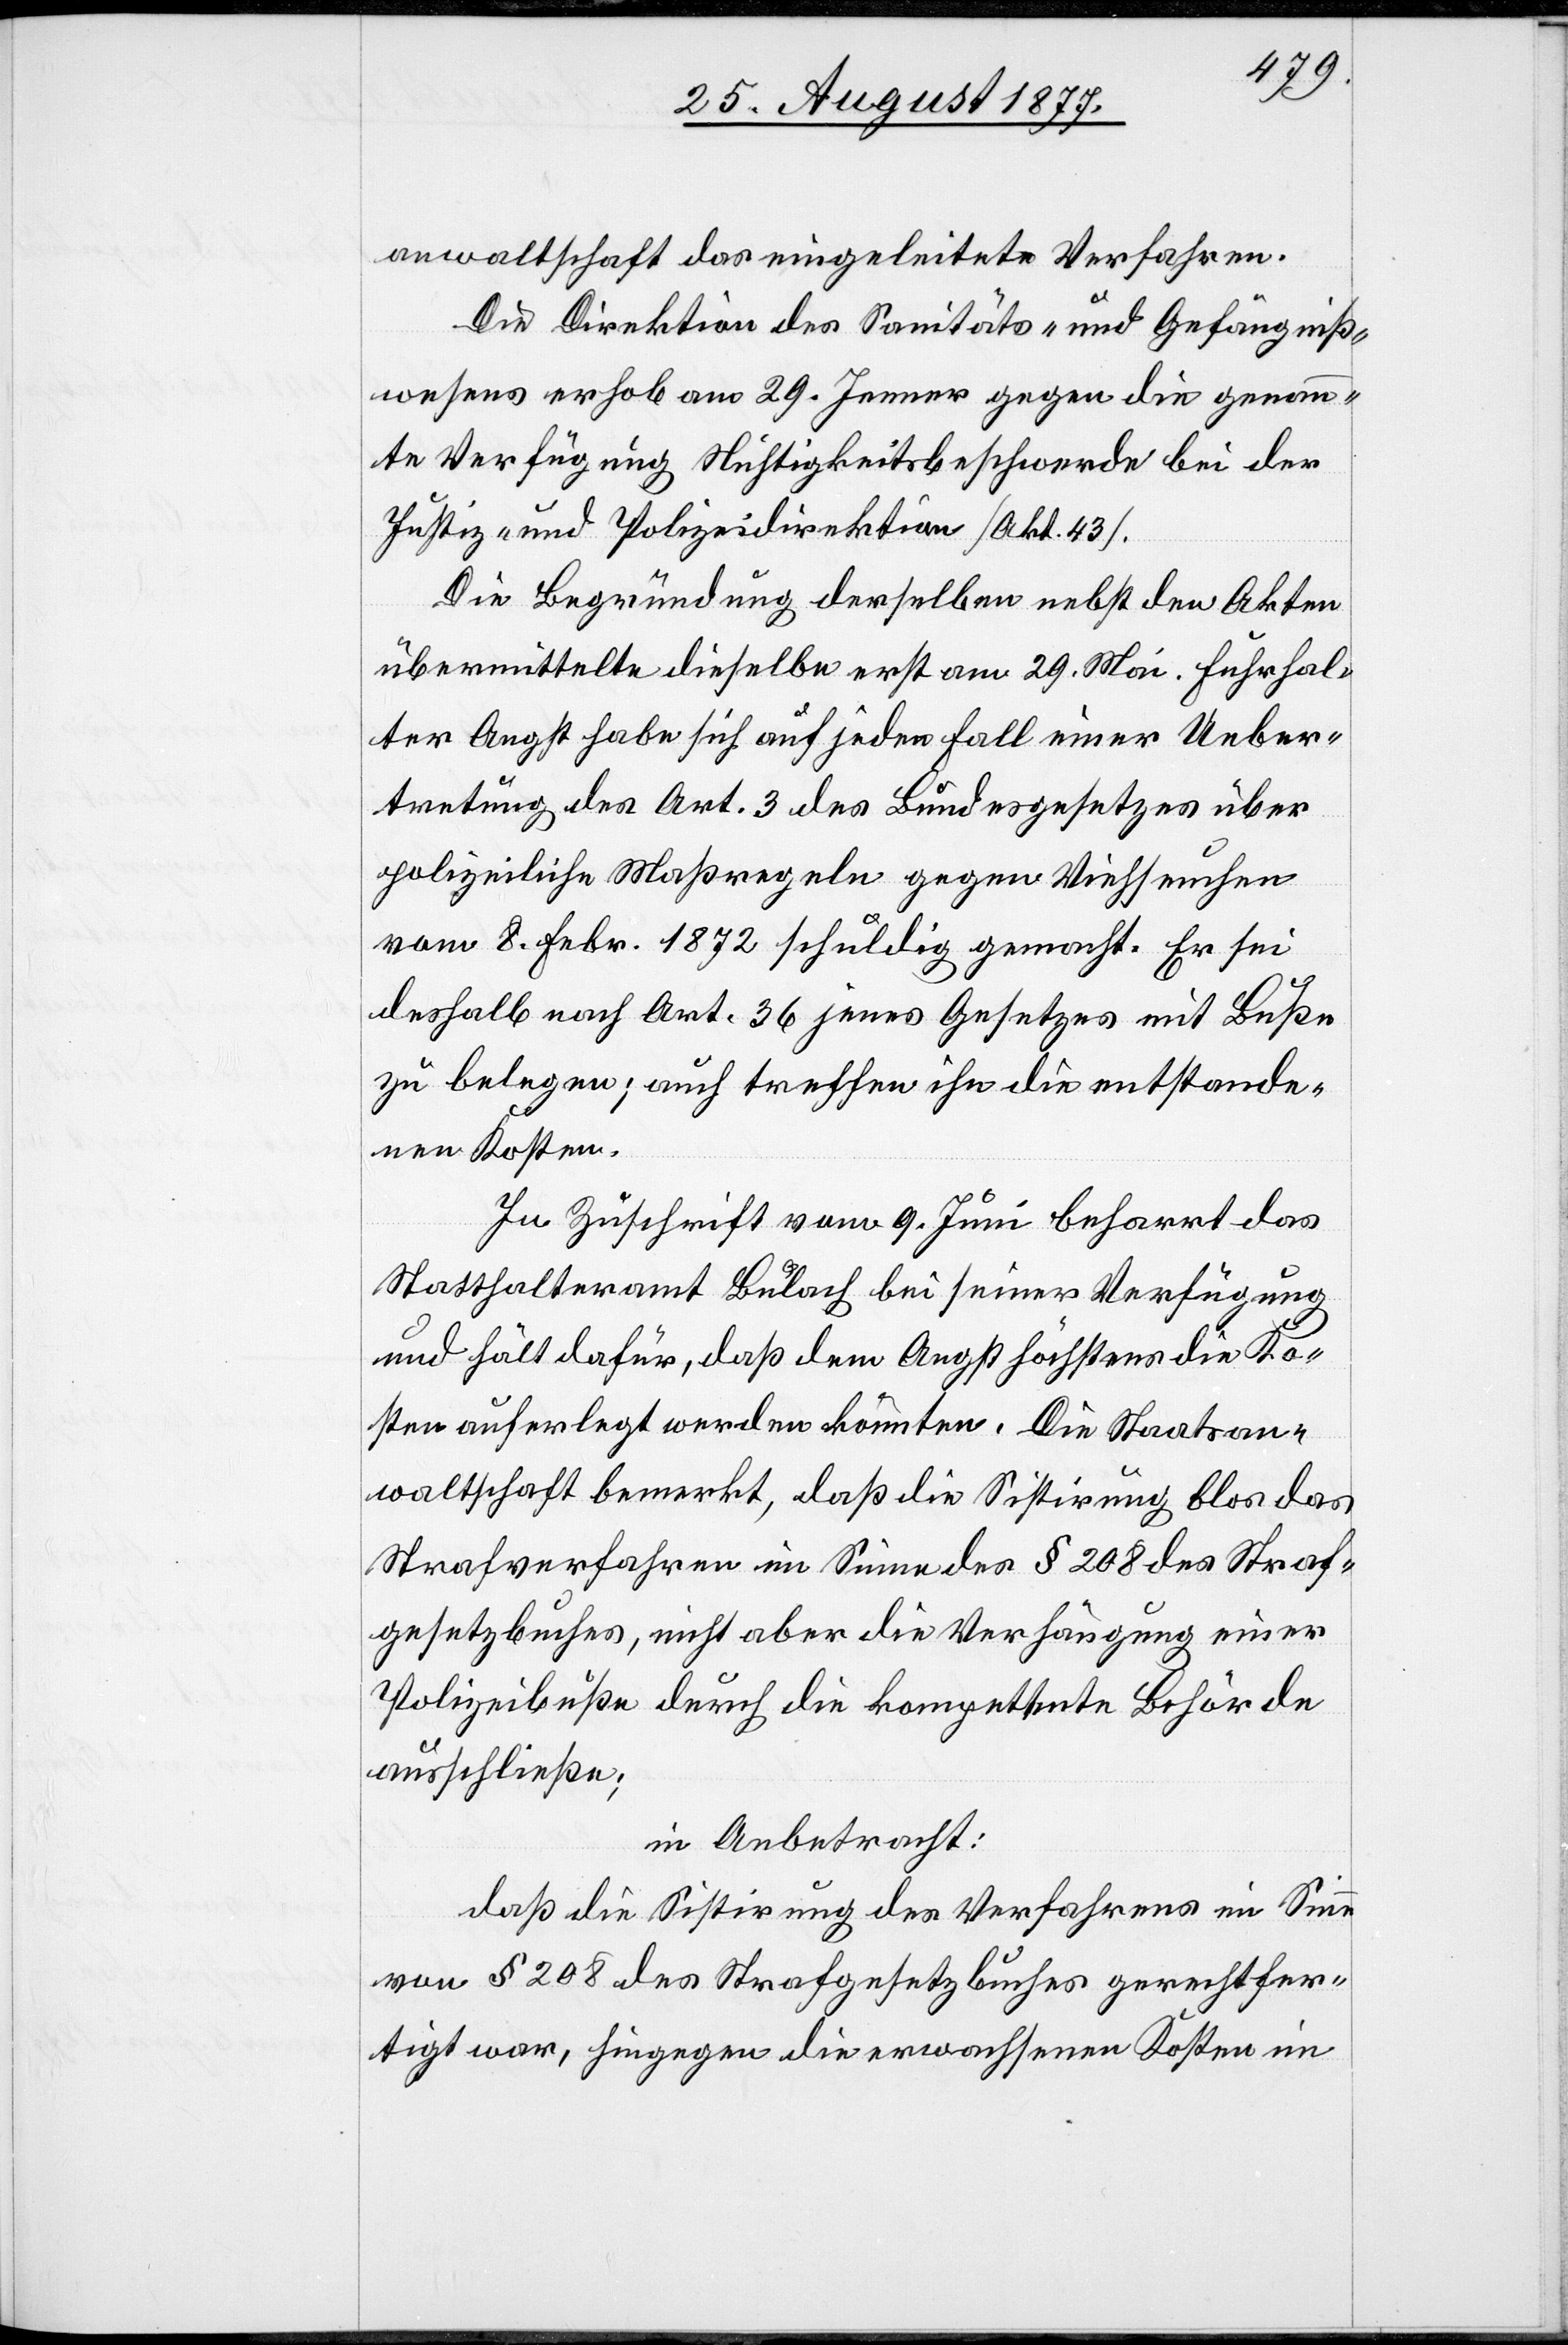
anwaltschaft das eingeleitete Verfahren.
Die Direktion des Sanitäts- und Gefängniß¬
wesens erhob am 29. Jenner gegen die genan¬
nte Verfügung Nichtigkeitsbeschwerde bei der
Justiz- und Polizeidirektion [Akt. 43].
Die Begründung derselben nebst den Akten
übermittelte dieselbe erst am 29. Mai. Fuhrhal¬
ter Angst habe sich auf jeden Fall einer Ueber¬
tretung des Art. 3 des Bundesgesetzes über
polizeiliche Maßregeln gegen Viehseuchen
vom 8. Febr. 1872 schuldig gemacht. Er sei
deshalb nach Art. 36 jenes Gesetzes mit Buße
zu belegen; auch treffen ihn die entstande¬
nen Kosten.
In Zuschrift vom 9. Juni beharrt das
Statthalteramt Bülach bei seiner Verfügung
und hält dafür, daß dem Angst höchstens die Ko¬
sten auferlegt werden könnten. Die Staatsan¬
waltschaft bemerkt, daß die Sistirung blos das
Strafverfahren im Sinne des § 208 des Straf¬
gesetzbuches, nicht aber die Verhängung einer
Polizeibuße durch die kompetente Behörde
ausschließe;
in Anbetracht:
daß die Sistirung des Verfahrens im Sinne
von § 208 des Strafgesetzbuches gerechtfer¬
tigt war, hingegen die erwachsenen Kosten im